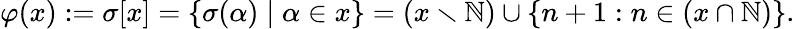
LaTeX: \varphi(x):=\sigma[x]=\{ \sigma(\alpha)\mid\alpha\in x\} =(x\smallsetminus\mathbb{N})\cup\{ n+1:n\in(x\cap\mathbb{N})\} .